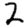
Digit: 2